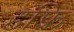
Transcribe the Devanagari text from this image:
हंफ़्रि